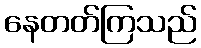
နေတတ်ကြသည်